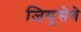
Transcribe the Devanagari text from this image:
जियूसेवे